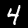
Label: 4